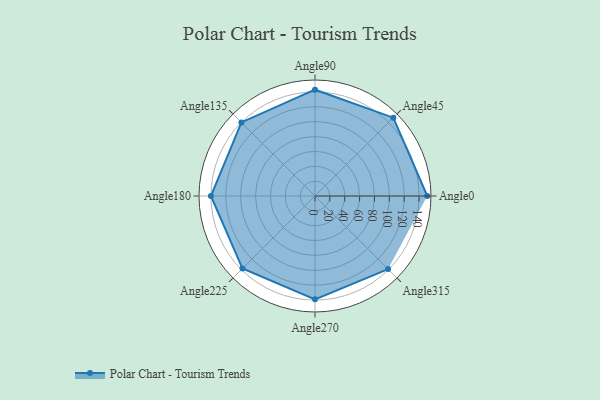
{"axis": {"x": "Angle", "y": "Radius"}, "legend": [""], "data": [{"x": "Angle0", "y": 151.0, "type": ""}, {"x": "Angle45", "y": 149.0, "type": ""}, {"x": "Angle90", "y": 143.0, "type": ""}, {"x": "Angle135", "y": 140.0, "type": ""}, {"x": "Angle180", "y": 140.0, "type": ""}, {"x": "Angle225", "y": 138.0, "type": ""}, {"x": "Angle270", "y": 139.0, "type": ""}, {"x": "Angle315", "y": 139.0, "type": ""}]}